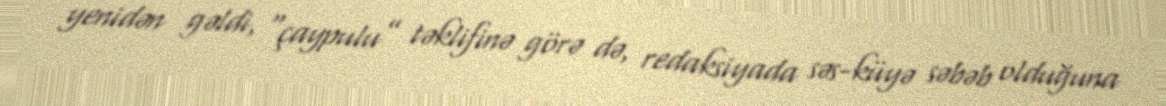
yenidən gəldi, “çaypulu” təklifinə görə də, redaksiyada səs-küyə səbəb olduğuna